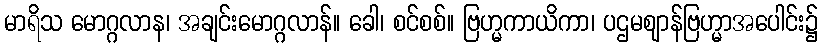
မာရိသ မောဂ္ဂလာန၊ အချင်းမောဂ္ဂလာန်။ ခေါ၊ စင်စစ်။ ဗြဟ္မကာယိကာ၊ ပဌမဈာန်ဗြဟ္မာအပေါင်း၌